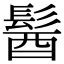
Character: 𩭓